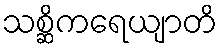
သစ္ဆိကရေယျာတိ